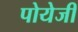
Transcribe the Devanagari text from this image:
पोयेजी